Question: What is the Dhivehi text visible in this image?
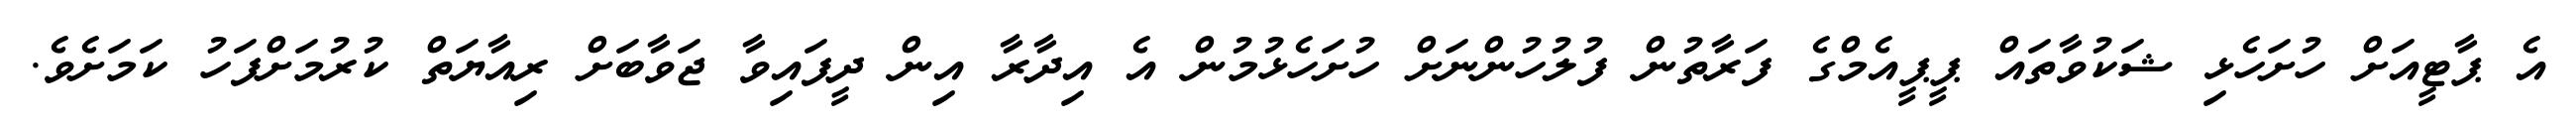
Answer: އެ ޕާޓީއަށް ހުށަހެޅި ޝަކުވާތައް ޕީޕީއެމްގެ ފަރާތުން ފުލުހުންނަށް ހުށަހެޅުމުން އެ އިދާރާ އިން ދީފައިވާ ޖަވާބަށް ރިއާޔަތް ކުރުމަށްފަހު ކަމަށެވެ.